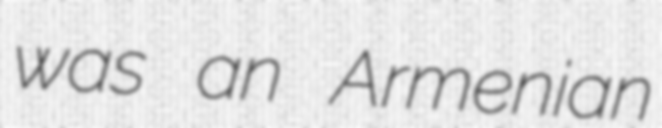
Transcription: was an Armenian